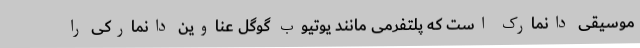
موسیقی دانمارک است که پلتفرمی مانند یوتیوب گوگل عناوین دانمارکی را